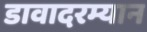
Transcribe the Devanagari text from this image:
डावादरम्यान